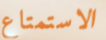
الاستمتاع